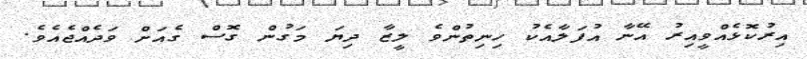
އިރުކޮޅެއްވީއިރު އޭނާ އުފަލާއެކު ހިނިތުންވެ ލީޒާ ދިޔަ މަގުން ގޮސް ގެއަށް ވަދެއްޖެއެވެ.